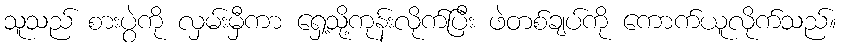
သူသည် စားပွဲကို လှမ်းမှီကာ ရှေ့သို့ကုန်းလိုက်ပြီး ဖဲတစ်ချပ်ကို ကောက်ယူလိုက်သည်။